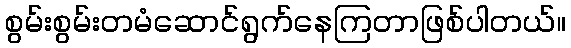
စွမ်းစွမ်းတမံဆောင်ရွက်နေကြတာဖြစ်ပါတယ်။